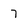
Character: 7